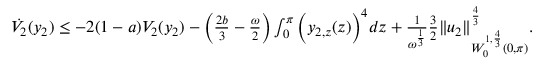
\begin{array} { r } { \phantom { e e e } \dot { V _ { 2 } } ( y _ { 2 } ) \leq - 2 ( 1 - a ) V _ { 2 } ( y _ { 2 } ) - \Big ( \frac { 2 b } { 3 } - \frac { \omega } { 2 } \Big ) \int _ { 0 } ^ { \pi } { \Big ( y _ { 2 , z } ( z ) \Big ) ^ { 4 } d z } + \frac { 1 } { \omega ^ { \frac { 1 } { 3 } } } \frac { 3 } { 2 } \| u _ { 2 } \| _ { W _ { 0 } ^ { 1 , \frac { 4 } { 3 } } ( 0 , \pi ) } ^ { \frac { 4 } { 3 } } . } \end{array}